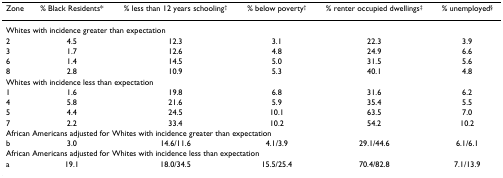
| Zone | % Black Residents* | % less than 12 years schooling† | % below poverty† | % renter occupied dwellings‡ | % unemployed§ |
 | --- | --- | --- | --- | --- | --- |
 | <COLSPAN=6> Whites with incidence greater than expectation |
 | 2 | 4.5 | 12.3 | 3.1 | 22.3 | 3.9 |
 | 3 | 1.7 | 12.6 | 4.8 | 24.9 | 6.6 |
 | 6 | 1.4 | 14.5 | 5.0 | 31.5 | 5.6 |
 | 8 | 2.8 | 10.9 | 5.3 | 40.1 | 4.8 |
 | <COLSPAN=6> Whites with incidence less than expectation |
 | 1 | 1.6 | 19.8 | 6.8 | 31.6 | 6.2 |
 | 4 | 5.8 | 21.6 | 5.9 | 35.4 | 5.5 |
 | 5 | 4.4 | 24.5 | 10.1 | 63.5 | 7.0 |
 | 7 | 2.2 | 33.4 | 10.2 | 54.2 | 10.2 |
 | <COLSPAN=6> African Americans adjusted for Whites with incidence greater than expectation |
 | b | 3.0 | 14.6/11.6 | 4.1/3.9 | 29.1/44.6 | 6.1/6.1 |
 | <COLSPAN=6> African Americans adjusted for Whites with incidence less than expectation |
 | a | 19.1 | 18.0/34.5 | 15.5/25.4 | 70.4/82.8 | 7.1/13.9 |